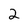
Character: 2